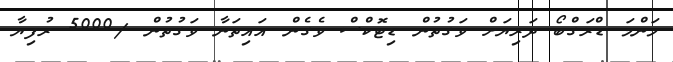
މަންމަ ޑްރަގްބޯ ދަރިޔަށް ވަގުތުން ޑިޓޮކްސް ވެގެން އައިތަނާ ވަގުތުން /5000 ރުފިޔާ